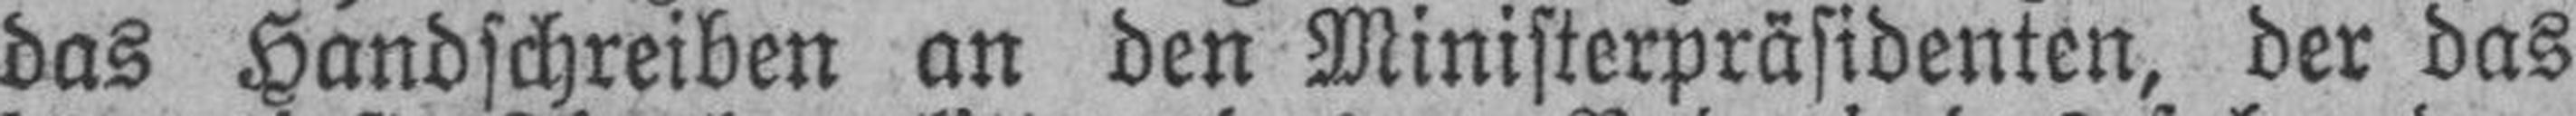
das Handschreiben an den Ministerpräsidenten, der das